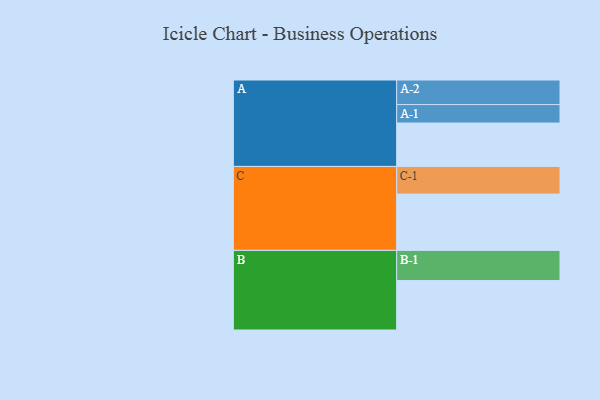
{"axis": {"x": "Segment", "y": "Value"}, "legend": ["", "A", "B", "C"], "data": [{"x": "A", "y": 420, "type": ""}, {"x": "B", "y": 479, "type": ""}, {"x": "C", "y": 545, "type": ""}, {"x": "A-1", "y": 179, "type": "A"}, {"x": "A-2", "y": 238, "type": "A"}, {"x": "B-1", "y": 292, "type": "B"}, {"x": "C-1", "y": 268, "type": "C"}]}